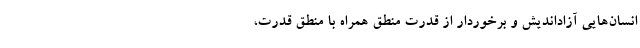
انسان‌هایی آزاد­اندیش و برخوردار از قدرت منطق همراه با منطق قدرت،